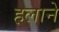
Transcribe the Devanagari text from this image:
हलाने